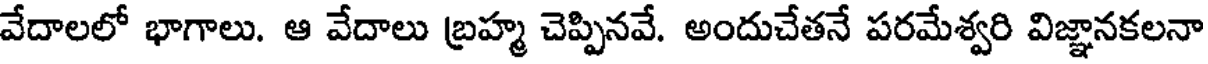
వేదాలలో భాగాలు. ఆ వేదాలు బ్రహ్మ చెప్పినవే. అందుచేతనే పరమేశ్వరి విజ్ఞానకలనా